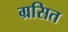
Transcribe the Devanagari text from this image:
ग्रसित